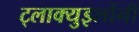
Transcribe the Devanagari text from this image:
ट्लाक्युइलोंनी